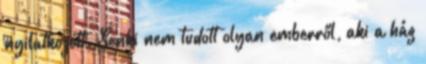
nyilatkozott. Senki nem tudott olyan emberről, aki a ház